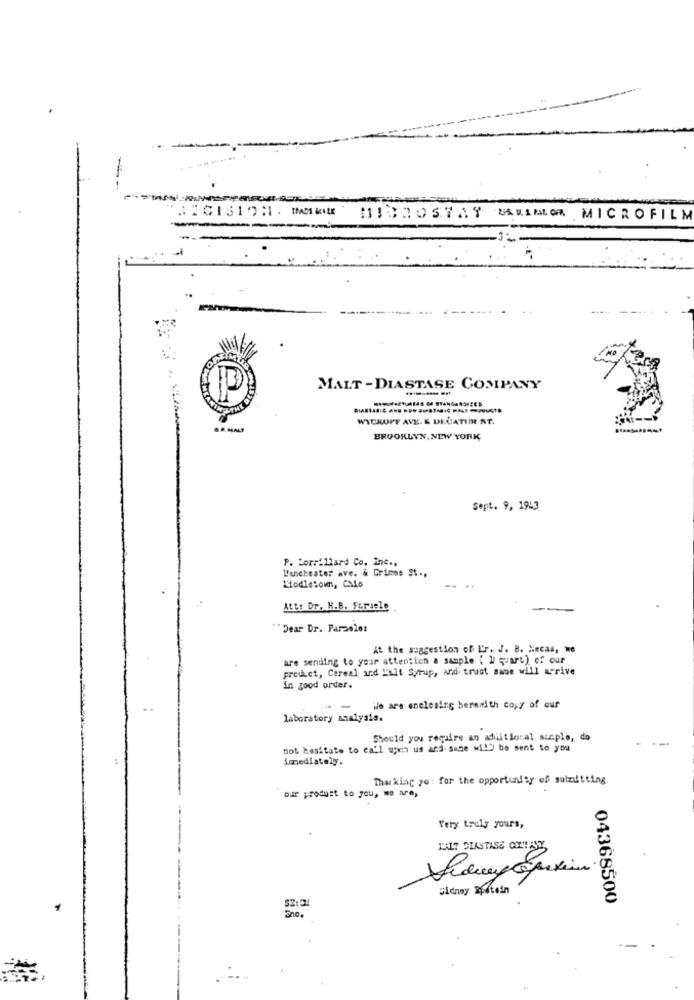
--
AZCISION . MAKE MICROSTAY BANENLOR MICROFILM
-----
MALT - DIASTASE COMPANY
WICKOPT AVE. & UNGATIME AT.
& R. MALT
BROOKLYN, NEW YORK
Sept. 9, 1943
Manchester ave. & Grimes St .,
P. Borrillard Co. Inc .,
Middletown, cado
Att: Dr. H.B. Forsele .
Dear Dr. Parzele:
At the suggestion of L'r. J. B. Hecas, we
are sending to your attention a sample ( I quart) of our
predict, Cereal and L'Ait Syrup, and trust sabe will arrive
in good order.
ile are enclosing herewith copy of our
laboratory analysis.
Should you require an aditional. szcple, do
not hesitate to call upon us and sage Mi!' be sent to you
immediately.
Thanking yo for the opportunity of submitting
our product to you, we are,
Very truly yours,
KALT DIASTASE COL !! ANT
04368500
1
Enc.